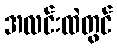
အလင်းထဲတွင်